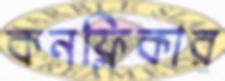
কনফ্লিকার